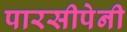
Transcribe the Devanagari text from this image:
पारसीपेनी